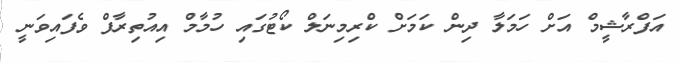
އަފްރާޝީމް އަށް ހަމަލާ ދިން ކަމަށް ކްރިމިނަލް ކޯޓުގައި ހުމާމް އިއުތިރާފް ވެފައިވަނީ